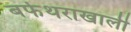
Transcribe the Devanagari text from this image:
बर्फथराखाली